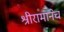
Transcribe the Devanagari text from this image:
श्रीरामानेच